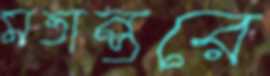
মতান্তরে